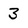
Character: 3